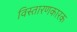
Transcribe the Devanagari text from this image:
विस्तारणकारक